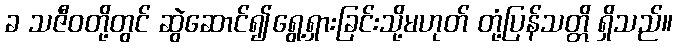
ခ သဇီဝတို့တွင် ဆွဲဆောင်၍ရွေ့ရှားခြင်းသို့မဟုတ် တုံ့ပြန်သတ္တိ ရှိသည်။